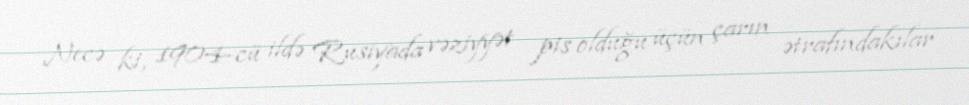
Necə ki, 1904-cü ildə Rusiyada vəziyyət pis olduğu üçün çarın ətrafındakılar